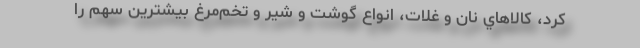
كرد، كالاهاي نان و غلات، انواع گوشت و شير و تخم‌مرغ بيشترين سهم را